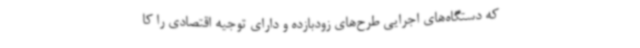
که دستگاه‌های اجرایی طرح‌های زودبازده و دارای توجیه اقتصادی را کا